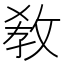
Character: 敎